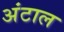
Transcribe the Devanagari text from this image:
अंटाल